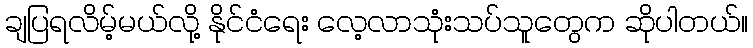
ချပြရလိမ့်မယ်လို့ နိုင်ငံရေး လေ့လာသုံးသပ်သူတွေက ဆိုပါတယ်။